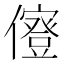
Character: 𠐏